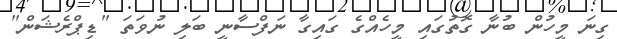
ގިނަ މީހުން ބުނާ ގޮތުގައި މީހެއްގެ ގައިގާ ނަފްސާނީ ބަލި ނުވަތަ "ޑިޕްރެޝަން"